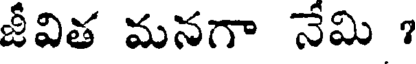
జీవిత మనగా నేమి ?